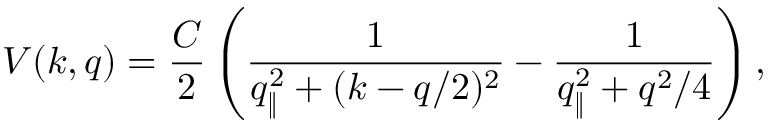
V ( k , q ) = \frac { { \cal C } } { 2 } \left( \frac { 1 } { q _ { \| } ^ { 2 } + ( k - q / 2 ) ^ { 2 } } - \frac { 1 } { q _ { \| } ^ { 2 } + q ^ { 2 } / 4 } \right) ,